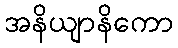
အနိယျာနိကော